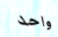
واحد